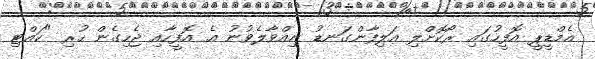
އެމްޑީޕީ އޮފީހުގައި ރޯކޮށްލި އަލިފާންގަނޑު ނިއްވާލެވުނު އެ އޮފީހާއި ޖެހިގެން ހުރި "ކައްޓި